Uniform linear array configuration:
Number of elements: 64
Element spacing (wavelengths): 0.25
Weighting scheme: hamming
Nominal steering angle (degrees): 15
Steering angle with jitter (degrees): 15.004
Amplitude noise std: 0.05
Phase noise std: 0.05

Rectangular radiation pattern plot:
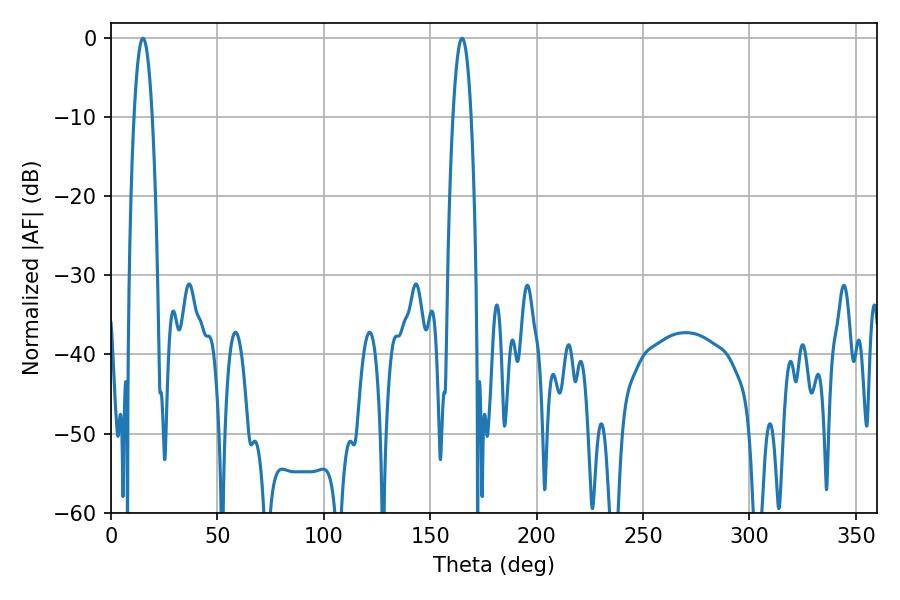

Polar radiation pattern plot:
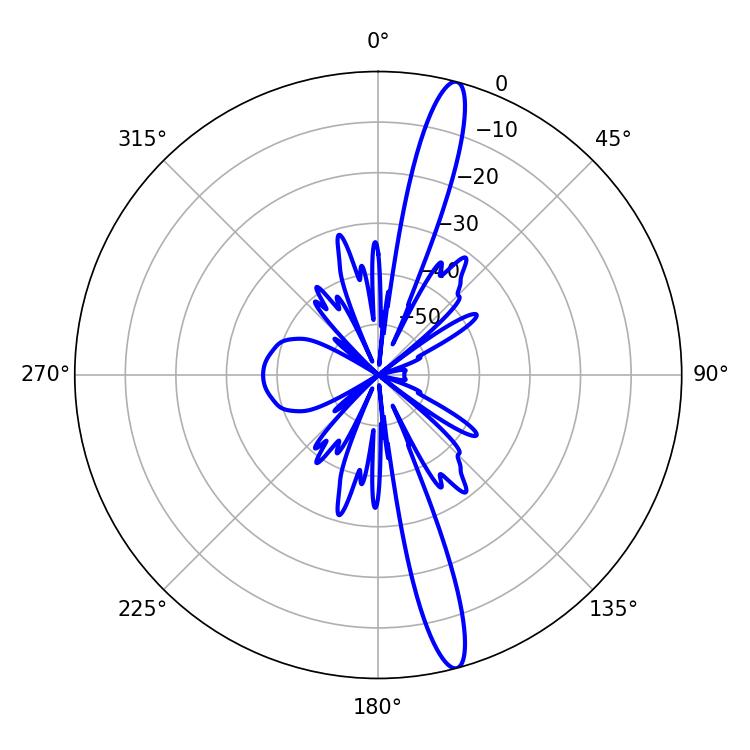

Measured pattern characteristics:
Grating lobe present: FALSE
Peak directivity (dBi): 16.362
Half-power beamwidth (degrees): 4.68
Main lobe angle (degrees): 14.94